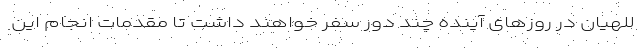
للهیان در روزهای آینده چند دور سفر خواهند داشت تا مقدمات انجام این